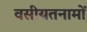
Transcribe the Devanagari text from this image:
वसीयतनामों